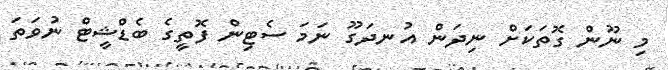
މި ނޫން ގޮތަކަށް ނިދަން އުނދަގޫ ނަމަ ސެޓިން ފޮތީގެ ބެޑްޝީޓް ނުވަތަ